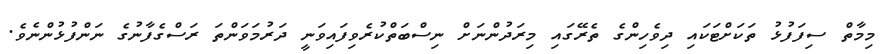
މިމާތް ސިފަފުޅު ތަކަށްޓަކައި ދިވެހިންގެ ތެރޭގައި މިރަދުންނަށް ނިސްބަތްކުރެވިފައިވަނީ ދަރުމަވަންތަ ރަސްގެފާނުގެ ނަންފުޅުންނެވެ.